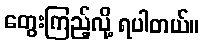
တွေးကြည့်လို့ ရပါတယ်။